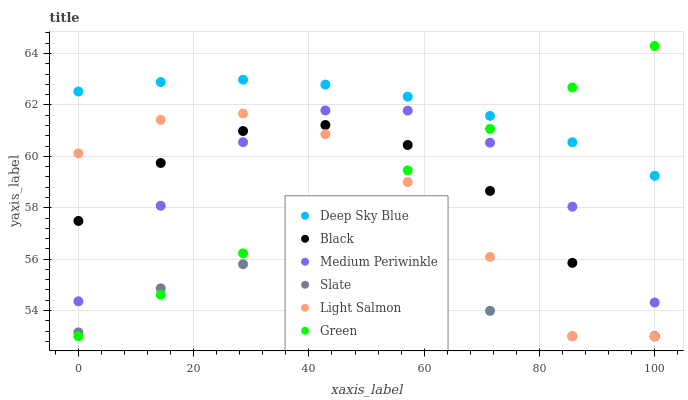
| xaxis_label | Deep Sky Blue | Black | Medium Periwinkle | Slate | Light Salmon | Green |
 | --- | --- | --- | --- | --- | --- | --- |
 | 0 | 62.5 | 57.5 | 54.4 | 53.2 | 60.1 | 53 |
 | 14.3 | 62.9 | 59.7 | 58.1 | 54.9 | 61.4 | 54.6 |
 | 28.6 | 63 | 61 | 60.6 | 55.8 | 61.7 | 56.2 |
 | 42.9 | 62.8 | 61.2 | 61.8 | 56 | 60.9 | 57.8 |
 | 57.1 | 62.3 | 60.4 | 61.8 | 55.4 | 59 | 59.5 |
 | 71.4 | 61.6 | 58.7 | 60.5 | 54 | 56.1 | 61.1 |
 | 85.7 | 60.5 | 55.9 | 58 | 53 | 53 | 62.7 |
 | 100 | 59.2 | 53 | 54.3 | 53 | 53 | 64.3 |